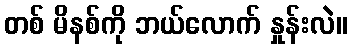
တစ် မိနစ်ကို ဘယ်လောက် နှုန်းလဲ။